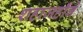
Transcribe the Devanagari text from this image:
शहाजहाँने